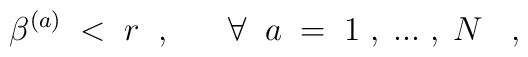
\beta^{(a)} \; < \; r\; \; , \; \; \; \; \; \; \forall \; \;a \; = \; 1\; , \; ... \; , \; N \; \; \; ,